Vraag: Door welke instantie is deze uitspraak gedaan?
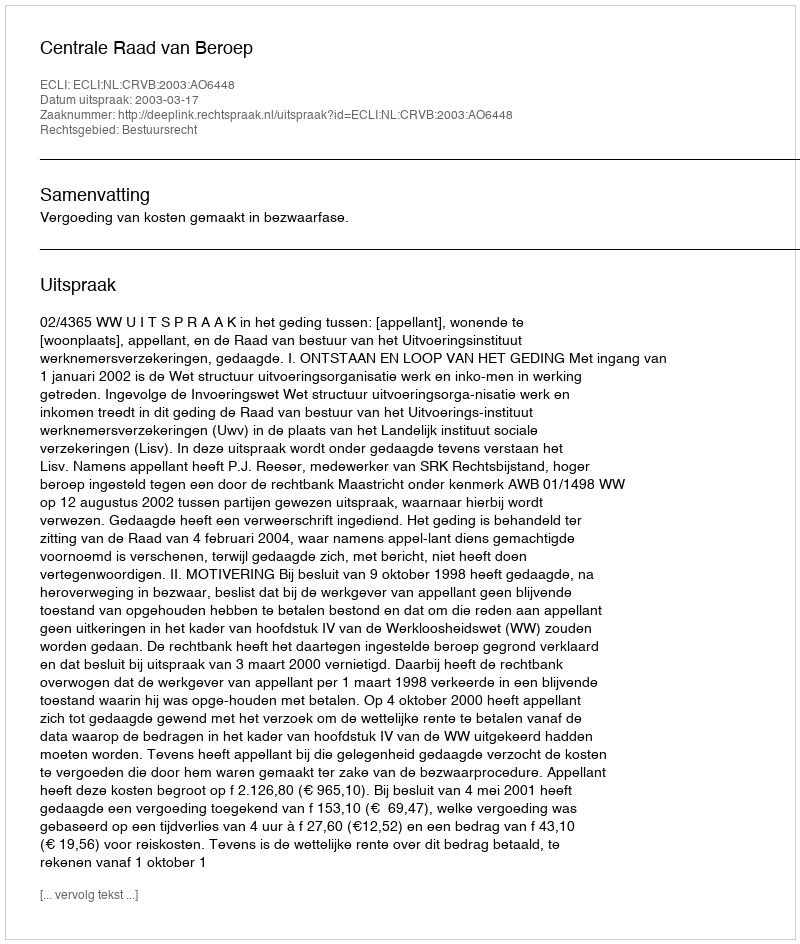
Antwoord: Centrale Raad van Beroep